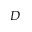
D